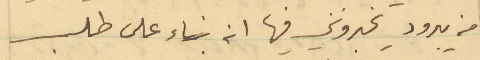
من يبرود يخبرونني فيها انه بناء على طلب